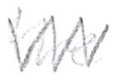
Text: the
Cross-out: mix
Writing tool: pencil